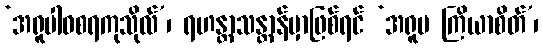
‘အရူပါဝစရကုသိုလ်’၊ ရဟန္တာသန္တာန်မှာဖြစ်ရင် ‘အရူပ ကြိယာစိတ်’၊